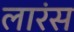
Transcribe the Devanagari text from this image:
लारंस